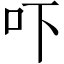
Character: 吓